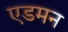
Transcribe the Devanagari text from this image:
एडमन